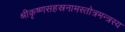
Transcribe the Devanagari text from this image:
श्रीकृष्णसहस्रनामस्तोत्रमन्त्रस्य